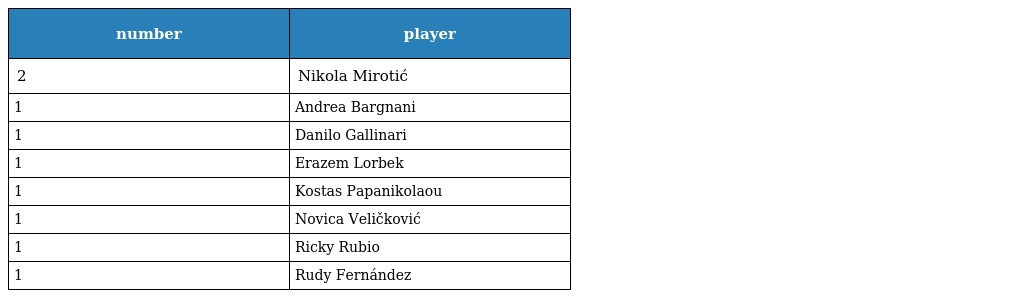
| number | player |
 | --- | --- |
 | 2 | Nikola Mirotić |
 | 1 | Andrea Bargnani |
 | 1 | Danilo Gallinari |
 | 1 | Erazem Lorbek |
 | 1 | Kostas Papanikolaou |
 | 1 | Novica Veličković |
 | 1 | Ricky Rubio |
 | 1 | Rudy Fernández |